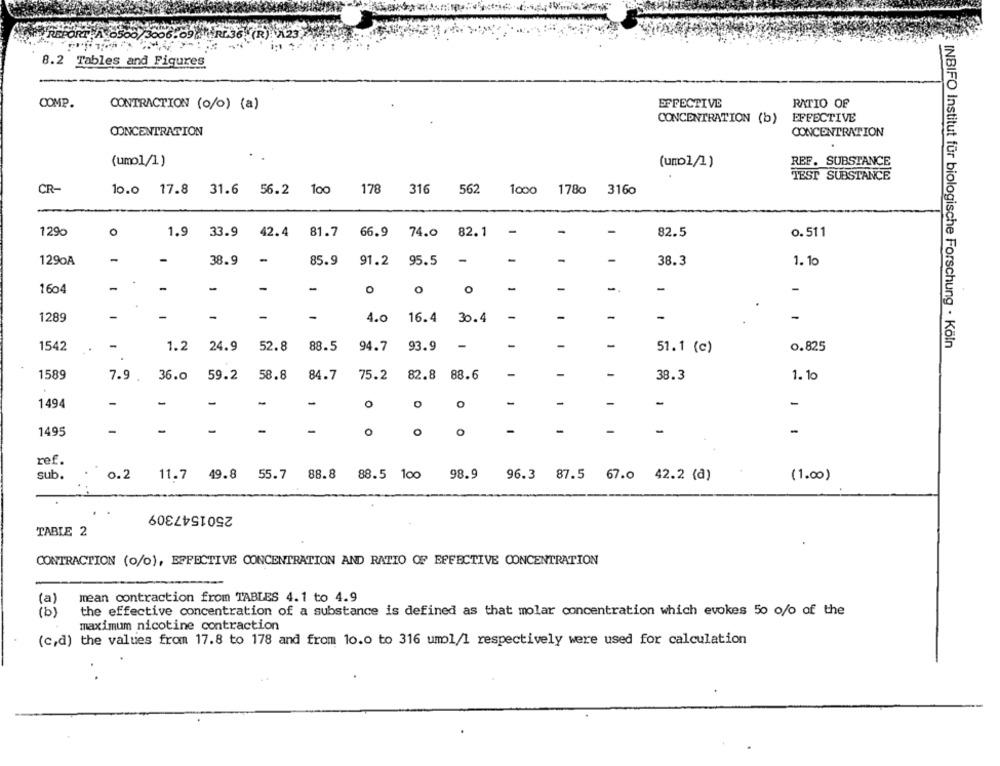
8.2 Tables and Figures
COMP.
CONTRACTION (o/o) (a)
EFFECTIVE
RATIO OF
CONCENTRATION (b)
EFFECTIVE
CONCENTRATION
CONCENTRATION
(umol/1)
(ump1/1)
REF. SUBSTANCE
TEST SUBSTANCE
CR-
10.0 17.8 31.6 56.2 100 178 316 562
1000 1780 3160
O
1.9
-
-
-
129%
33.9
42.4
81.7
66.9
74.0
82.1
82.5
0. 511
1290A
-
38.9
-
85.9
91.2
95.5
-
-
-
1. 10
38.3
1604
-
-
-
-
O
o
O
-
-
-.
-
-
-
1289
-
-
-
-
4.0
16.4
30.4
-
-
-
-
-
-
-
1542
1.2
24.9
52.8
88.5
94.7
93.9
51.1 (c)
0.825
INBIFO Institut für biologische Forschung - Köln
1589
36.0
58.8
84.7
75.2
82.8 88.6
-
-
-
1.10
7.9 .
59.2
38.3
1494
-
-
-
-
0
O
-
-
-
-
-
-
-
-
-
-
1495
0
O
O
ref.
sub.
o.2
11.7
49.8 55.7 88.8
88.5 100
98.9
96.3 87.5 67.0 42.2 (a)
(1.00)
2501547309
TABLE 2
CONTRACTION (o/o), EFFECTIVE CONCENTRATION AND RATIO OF EFFECTIVE CONCENTRATION
mean contraction from TABLES 4.1 to 4.9
(a)
(b)
the effective concentration of a substance is defined as that molar concentration which evokes 50 o/o of the
maximum nicotine contraction
(c,d) the values from 17.8 to 178 and from 10.0 to 316 umo1/1 respectively were used for calculation
.